Civil Veterinary Dept. Bombay admin report 1932-41 - 1932-1941
Year: 1932
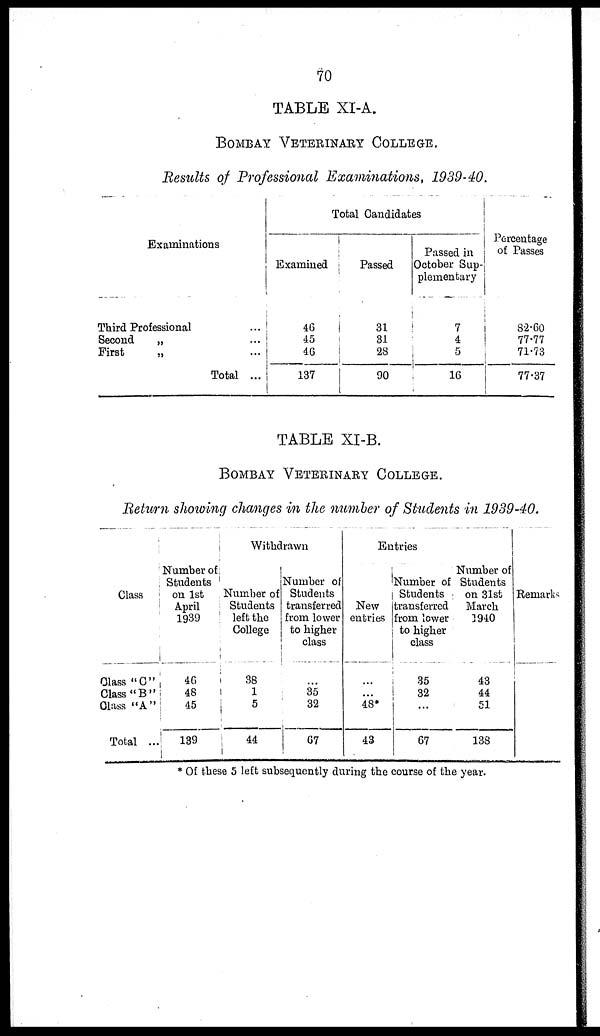
70
TABLE XI-A.
BOMBAY VETERINARY COLLEGE.
Results of Professional Examinations, 1939-40.
Examinations
Third Professional ...
Second
„ ...
First
„ ...
Total ...
Total Candidates
Examined
46
45
46
137
Passed
31
31
28
90
Passed in
October Sup-
plementary
7
4
5
16
Percentage
of Passes
82.60
77.77
71.73
77.37
TABLE XI-B.
BOMBAY VETERINARY COLLEGE.
Return showing changes in the number of Students in 1939-40.
Class
Class "C"
Class "B"
Class "A"
Total ...
Number of
Students
on 1st
April
1939
46
48
45
139
Withdrawn
Number of
Students
left the
College
38
1
5
44
Number of
Students
transferred
from lower
to higher
class
...
35
32
67
Entries
New
entries
...
...
48*
43
Number of
Students
transferred
from lower
to higher
class
35
32
...
67
Number of
Students
on 31st
March
1940
43
44
51
138
Remarks
* Of these 5 left subsequently during the course of the year.